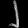
Digit: ၂